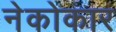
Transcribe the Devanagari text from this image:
नेकोकार